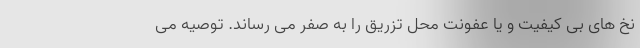
نخ های بی کیفیت و یا عفونت محل تزریق را به صفر می رساند. توصیه می